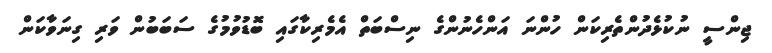
ޖިންސީ ނުކުޅެދުންތެރިކަން ހުންނަ އަންހެނުންގެ ނިސްބަތް އެމެރިކާގައި ބޮޑުވުމުގެ ސަބަބުން ވަރި ގިނަވާކަން